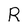
Character: R